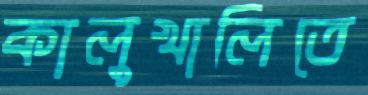
কালুখালিতে